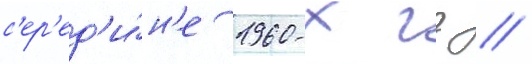
с'ер'ед'и́н'е 1960-х гг //